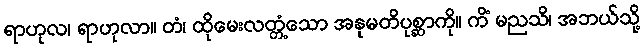
ရာဟုလ၊ ရာဟုလာ။ တံ၊ ထိုမေးလတ္တံ့သော အနုမတိပုစ္ဆာကို။ ကိံ မညသိ၊ အဘယ်သို့